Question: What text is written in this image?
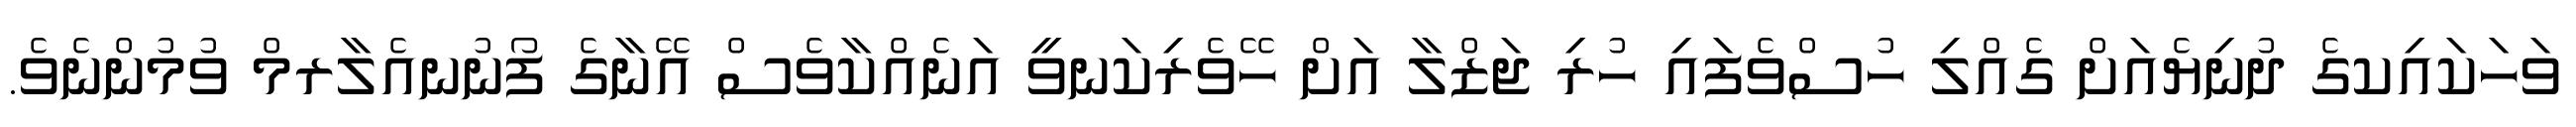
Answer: ވަހަކައިކގެ ދުނިޔެއަށް ގެއްލި ހުސްވެފައި ހުރި ޖަޒްލާ އަށް ހޭވެރިކަނވީ އަނެއްކާވެސް އޭނާގެ ފޯނުނއެލާރމް ވުމުންނެވެ.